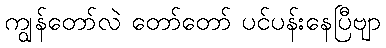
ကျွန်တော်လဲ တော်တော် ပင်ပန်းနေပြီဗျာ